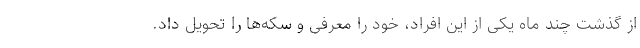
از گذشت چند ماه یکی از این افراد، خود را معرفی و سکه‌ها را تحویل داد.